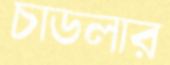
চাডলার